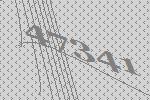
47341